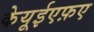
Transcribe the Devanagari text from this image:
केयूईएफ़ए